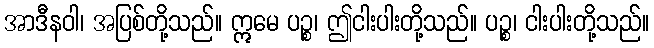
အာဒီနဝါ၊ အပြစ်တို့သည်။ ဣမေ ပဉ္စ၊ ဤငါးပါးတို့သည်။ ပဉ္စ၊ ငါးပါးတို့သည်။